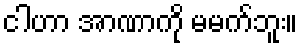
ငါဟာ အာဏာကို မမက်ဘူး။